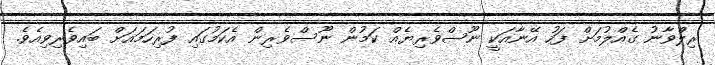
ރިލްވާނު ގެއްލުމަށް ފަހު އޭނާއަކީ ނޫސްވެރިޔެއް ކަމުން ނޫސްވެރިން އެކަމުގައި ފުރިހަމައަށް ބައިވެރިވިއެވެ.